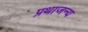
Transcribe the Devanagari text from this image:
प्रथाजन्य